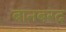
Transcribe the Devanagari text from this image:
बानबरद